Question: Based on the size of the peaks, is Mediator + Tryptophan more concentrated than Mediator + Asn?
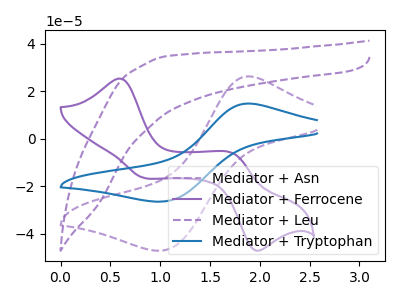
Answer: <think>The purple dashed curve "Mediator + Asn" has an anodic peak at (1.90V, 26.15uA) and a cathodic peak at (1.00V, -47.20uA). The purple curve "Mediator + Ferrocene" has anodic peaks at (0.60V, 25.25uA) (1.75V, -6.50uA) and cathodic peaks at (0.80V, -16.35uA) (1.95V, -46.90uA). The purple dashed curve "Mediator + Leu" has no peaks. The blue curve "Mediator + Tryptophan" has an anodic peak at (1.90V, 14.70uA) and a cathodic peak at (1.00V, -26.55uA).
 All the peaks in "Mediator + Asn" have a peak in "Mediator + Tryptophan" at the same potential. Every peak in "Mediator + Asn" is higher than every peak in "Mediator + Tryptophan".</think>
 <answer>"Mediator + Asn" has more signal than "Mediator + Tryptophan" and so likely has a higher concentration.</answer>
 <eval>more_concentration</eval>